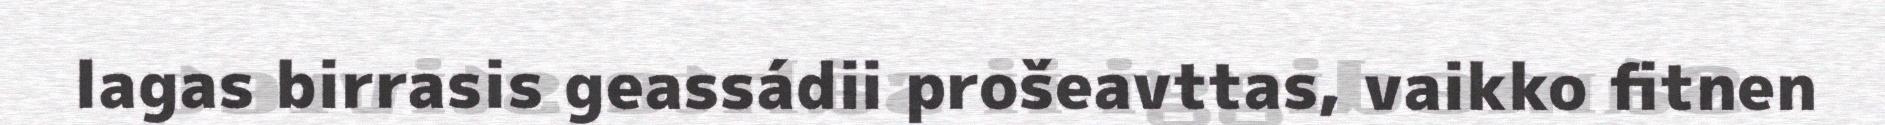
lagas birrasis geassádii prošeavttas, vaikko fitnen